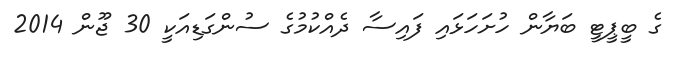
ގެ ބީޕީޓީ ބަޔާން ހުށަހަޅައި ފައިސާ ދެއްކުމުގެ ސުންގަޑިއަކީ 30 ޖޫން 2014